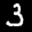
Label: 3